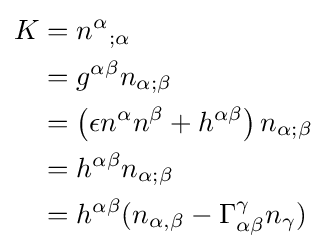
{\begin{aligned}K&={n^{\alpha }}_{;\alpha }\\&=g^{\alpha \beta }n_{\alpha ;\beta }\\&=\left(\epsilon n^{\alpha }n^{\beta }+h^{\alpha \beta }\right)n_{\alpha ;\beta }\\&=h^{\alpha \beta }n_{\alpha ;\beta }\\&=h^{\alpha \beta }(n_{\alpha ,\beta }-\Gamma _{\alpha \beta }^{\gamma }n_{\gamma })\end{aligned}}